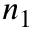
n _ { 1 }